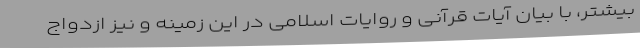
بیشتر، با بیان آیات قرآنی و روایات اسلامی در این زمینه و نیز ازدواج